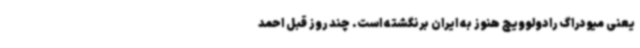
یعنی میودراگ رادولوویچ هنوز به ایران برنگشته است. چند روز قبل احمد